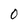
Character: 0